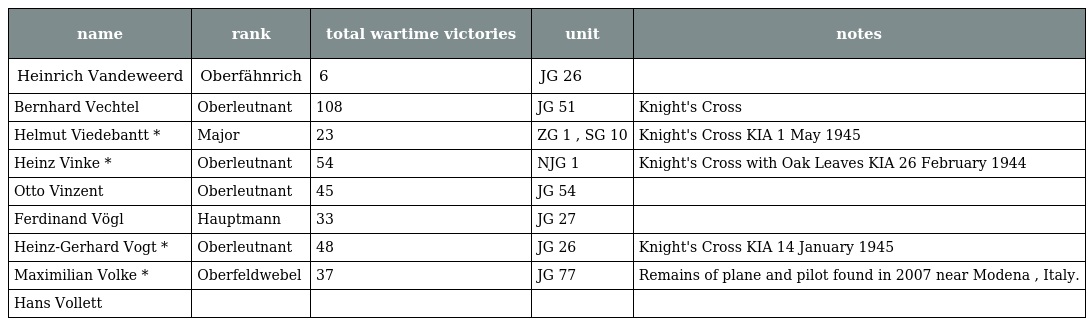
| name | rank | total wartime victories | unit | notes |
 | --- | --- | --- | --- | --- |
 | Heinrich Vandeweerd | Oberfähnrich | 6 | JG 26 |  |
 | Bernhard Vechtel | Oberleutnant | 108 | JG 51 | Knight's Cross |
 | Helmut Viedebantt * | Major | 23 | ZG 1 , SG 10 | Knight's Cross KIA 1 May 1945 |
 | Heinz Vinke * | Oberleutnant | 54 | NJG 1 | Knight's Cross with Oak Leaves KIA 26 February 1944 |
 | Otto Vinzent | Oberleutnant | 45 | JG 54 |  |
 | Ferdinand Vögl | Hauptmann | 33 | JG 27 |  |
 | Heinz-Gerhard Vogt * | Oberleutnant | 48 | JG 26 | Knight's Cross KIA 14 January 1945 |
 | Maximilian Volke * | Oberfeldwebel | 37 | JG 77 | Remains of plane and pilot found in 2007 near Modena , Italy. |
 | Hans Vollett |  |  |  |  |